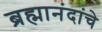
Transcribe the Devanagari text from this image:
ब्रह्मानंदांचे